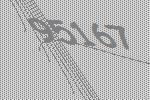
95167